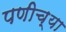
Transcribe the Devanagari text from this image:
पणीच्या